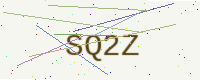
Text: SQ2Z